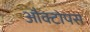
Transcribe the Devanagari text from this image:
औक्टोपस